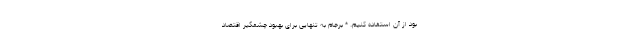
بود از آن استفاده کنیم. * برجام به تنهایی برای بهبود چشمگیر اقتصاد